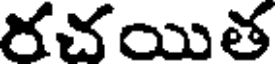
రచయిత